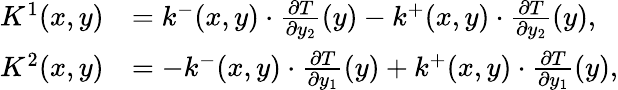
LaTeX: \begin{array}{rl}{K^{1}(x,y)}&{=k^{-}(x,y)\cdot\frac{\partial T}{\partial y_{2}}(y)-k^{+}(x,y)\cdot\frac{\partial T}{\partial y_{2}}(y),}\\ {K^{2}(x,y)}&{=-k^{-}(x,y)\cdot\frac{\partial T}{\partial y_{1}}(y)+k^{+}(x,y)\cdot\frac{\partial T}{\partial y_{1}}(y),}\end{array}